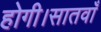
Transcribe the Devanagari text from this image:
होगी।सातवाँ